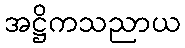
အဋ္ဌိကသညာယ